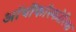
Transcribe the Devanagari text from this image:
ऑर्थोफाॅस्फोरिक